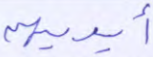
أيديهن